Lunatic asylums Central Provinces reports 1886-1894 - 1886-1894
Year: 1886
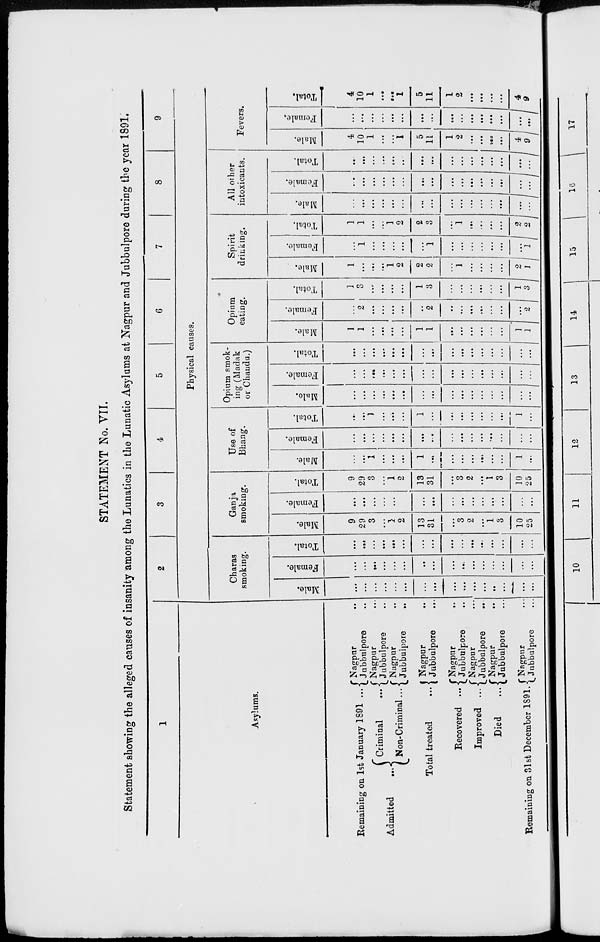
STATEMENT No. VII.
Statement showing the alleged causes of insanity among the Lunatics in the Lunatic Asylums at Nagpur and Jubbulpore during the year 1891
1
Asylums.
Remaining on 1st January 1891 ...
Admitted
...
Criminal
...
Non-Criminal ...
Total treated ...
Recovered ...
Improved ...
Died
...
Remaining on 31st December 1891.
Nagpur ...
Jubbulpore ...
Nagpur ...
Jubbulpore ...
Nagpur ...
Jubbulpore ...
Nagpur ...
Jubbulpore ...
Nagpur ...
Jubbulpore ...
Nagpur ...
Jubbulpore ...
Nagpur
...
Jubbulpore ...
Nagpur ...
Jubbulpore ...
2
3
4
5
6
7
8
9
Physical causes.
Charas
smoking.
Male.
...
...
...
...
...
...
...
...
...
...
...
...
...
...
...
...
Female.
...
...
...
...
...
...
...
...
...
...
...
...
...
...
...
...
Total.
...
...
...
...
...
...
...
...
...
...
...
...
...
...
...
...
Ganja
smoking.
Male.
9
29
3
...
1
2
13
31
...
3
2
...
1
3
10
25
Female.
...
...
...
...
...
...
...
...
...
...
...
...
...
...
...
...
Total.
9
29
3
...
1
2
13
31
...
3
2
...
1
3
10
25
Use of
Bhang.
Male.
...
...
1
...
...
...
1
...
...
...
...
...
...
...
1
...
Female.
...
...
...
...
...
...
...
...
...
...
...
...
...
...
...
...
Total.
...
...
1
...
...
...
1
...
...
...
...
...
...
...
1
...
Opium smok-
ing (Madak
or Chandu.)
Male.
...
...
...
...
...
...
...
...
...
...
...
...
...
...
...
...
Female.
...
...
...
...
...
...
...
...
...
...
...
...
...
...
...
...
Total.
...
...
...
...
...
...
...
...
...
...
...
...
...
...
...
...
Opium
eating.
Male.
1
1
...
...
...
...
1
1
...
...
...
...
...
...
1
1
Female.
...
2
...
...
...
...
...
2
...
...
...
...
...
...
...
2
Total.
1
3
...
...
...
...
1
3
...
...
...
...
...
...
1
3
Spirit
drinking.
Male.
1
...
...
...
1
2
2
2
...
1
...
...
...
...
2
1
Female.
...
1
...
...
...
...
...
1
...
...
...
...
...
...
...
1
Total.
1
1
...
...
1
2
2
3
...
1
...
...
...
...
2
2
All other
intoxicants.
Male.
...
...
...
...
...
...
...
...
...
...
...
...
...
...
...
...
Female.
...
...
...
...
...
...
...
...
...
...
...
...
...
...
...
...
Total.
...
...
...
...
...
...
...
...
...
...
...
...
...
...
...
...
Fevers.
Male.
4
10
1
...
...
1
5
11
1
2
...
...
...
...
4
9
Female.
...
...
...
...
...
...
...
...
...
...
...
...
...
...
...
...
Total.
4
10
1
...
...
1
5
11
1
2
...
...
...
...
4
9